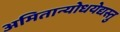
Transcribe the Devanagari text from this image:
अमितान्योधयेद्यस्तु